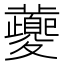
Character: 虁